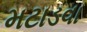
મટાડવા